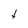
Character: t